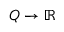
Q \to \mathbb { R }